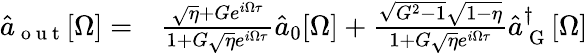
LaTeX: \begin{array}{rl}{\hat{a}_{\mathrm{~o~u~t~}}[\Omega]=}&{{}\frac{\sqrt{\eta}+Ge^{i\Omega\tau}}{1+G\sqrt{\eta}e^{i\Omega\tau}}\hat{a}_{0}[\Omega]+\frac{\sqrt{G^{2}-1}\sqrt{1-\eta}}{1+G\sqrt{\eta}e^{i\Omega\tau}}\hat{a}_{\mathrm{~G~}}^{\dagger}[\Omega]}\end{array}